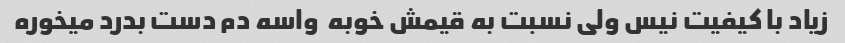
زیاد با کیفیت نیس ولی نسبت به قیمش خوبه  واسه دم دست بدرد میخوره